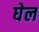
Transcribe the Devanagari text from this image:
घेल